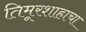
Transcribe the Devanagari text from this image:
तिमूरशाहाचा